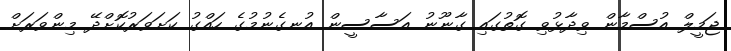
ޖަމީލް އުސްމާން ވިދާޅުވި ގޮތުގައި ގާނޫނު އަސާސީން އުނގެނުމުގެ ހައްގު ކަށަވަރުކޮށްދޭ މިންވަރަށް